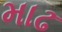
માઢ